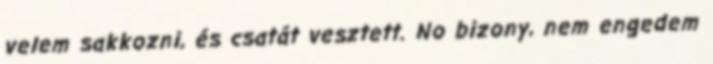
velem sakkozni, és csatát vesztett. No bizony, nem engedem